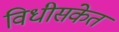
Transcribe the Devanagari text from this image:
विधीसंकेत